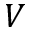
V